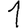
Digit: 1